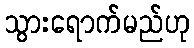
သွားရောက်မည်ဟု